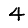
Digit: 4